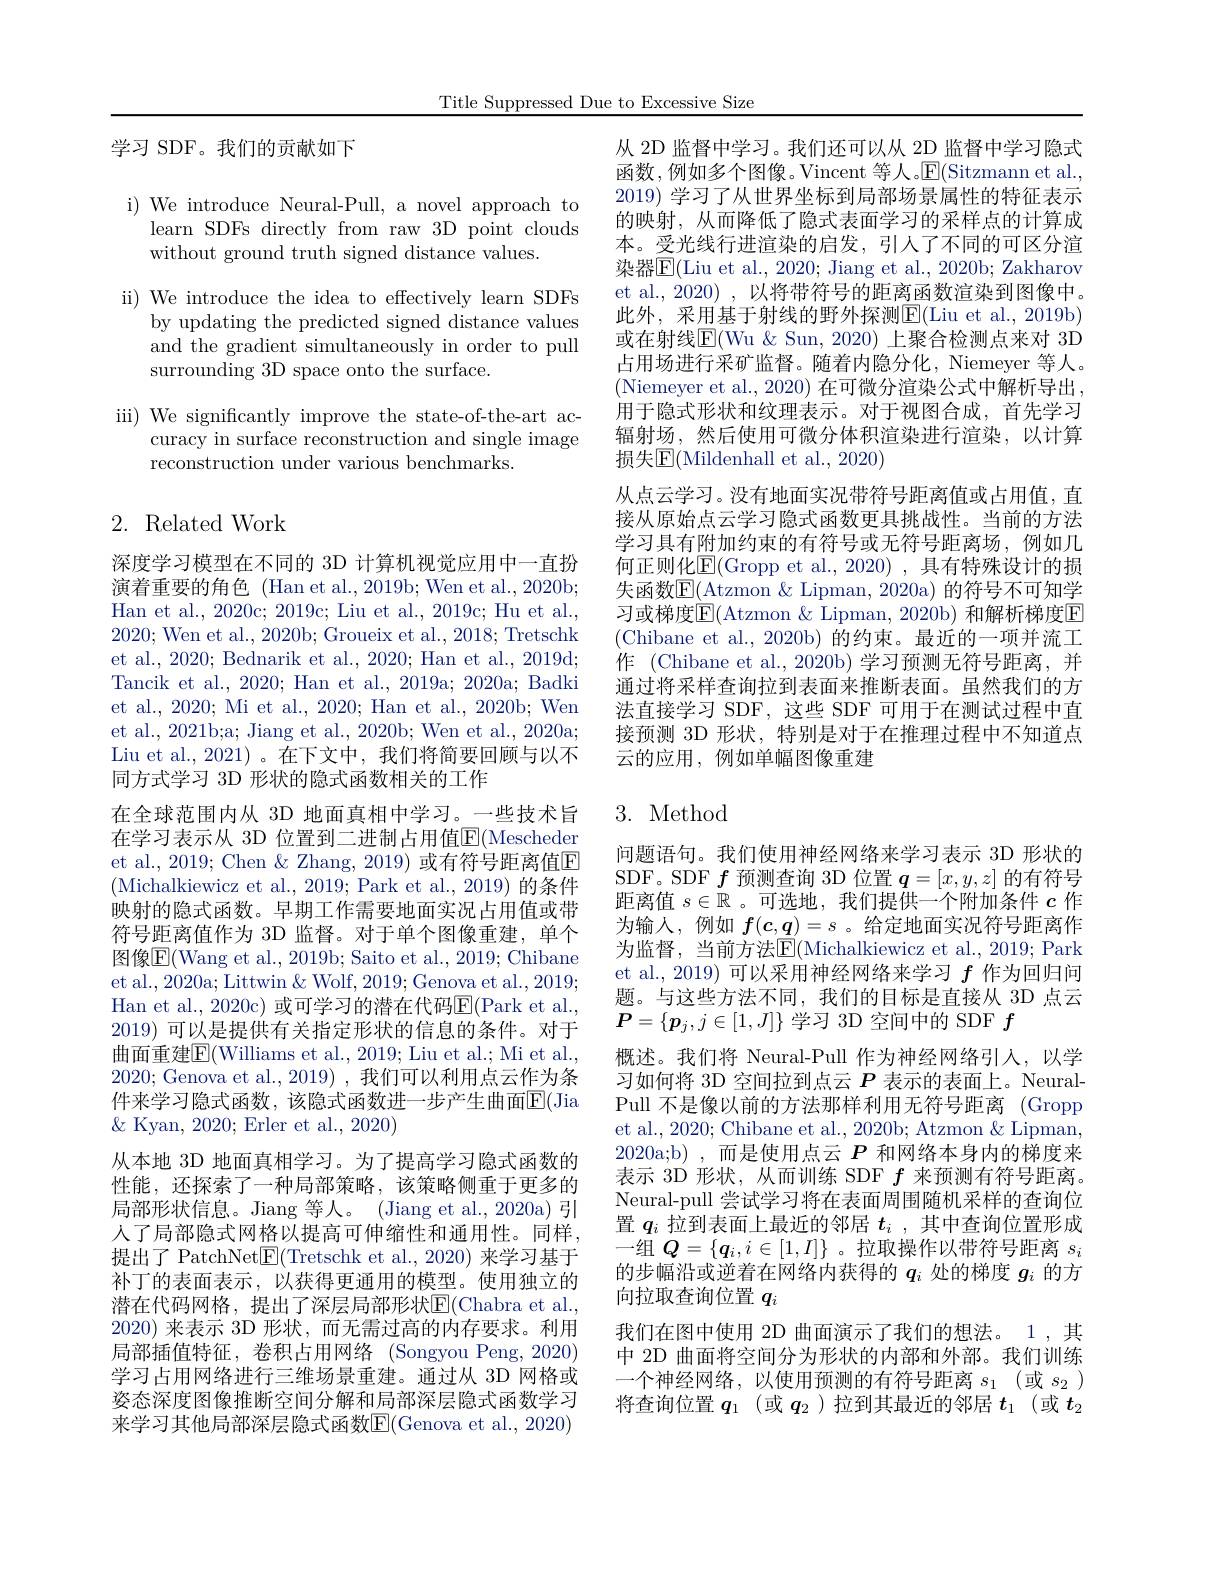
Title Suppressed Due to Excessive Size

学习 SDF。我们的贡献如下

i) We introduce Neural-Pull, a novel approach to
learn SDFs directly from raw 3D point clouds
without ground truth signed distance values.
ii) We introduce the idea to effectively learn SDFs
by updating the predicted signed distance values and the gradient simultaneously in order to pull surrounding 3D space onto the surface.

iii) We significantly improve the state-of-the-art ac-
curacy in surface reconstruction and single image
reconstruction under various benchmarks.

## 2. Related Work

深度学习模型在不同的 3D 计算机视觉应用中一直扮演着重要的角色 (Han et al., 2019b; Wen et al., 2020b; Han et al., 2020c; 2019c; Liu et al., 2019c; Hu et al., 2020;Wen et al., 2020b; Groueix et al., 2018; Tretschk et al., 2020; Bednarik et al., 2020; Han et al., 2019d; Tancik et al., 2020; Han et al., 2019a; 2020a; Badki et al., 2020; Mi et al., 2020; Han et al., 2020b; Wen et al., 2021b;a; Jiang et al., 2020b; Wen et al., 2020a; Liu et al., 2021)。在下文中，我们将简要回顾与以不同方式学习 3D 形状的隐式函数相关的工作
在全球范围内从 3D 地面真相中学习。一些技术旨在学习表示从 3D 位置到二进制占用值$\mathbb{E}($Mescheder et al., 2019; Chen & Zhang, 2019) 或有符号距离值E (Michalkiewicz et al., 2019; Park et al., 2019) 的条件映射的隐式函数。早期工作需要地面实况占用值或带符号距离值作为 3D 监督。对于单个图像重建，单个图像$\overline{\mathrm{E}}($Wang et al., 2019b; Saito et al., 2019; Chibane et al., 2020a; Littwin & Wolf, 2019; Genova et al., 2019; Han et al., 2020c) 或可学习的潜在代码E(Park et al. 2019)可以是提供有关指定形状的信息的条件。对于曲面重建$\boxed{\mathrm{F}}($Williams et al., 2019; Liu et al.; Mi et al., 2020; Genova et al.,2019),我们可以利用点云作为条件来学习隐式函数，该隐式函数进一步产生曲面$\mathbb{E}($Jia $\&$ Kyan, 2020; Erler et al., 2020)
从本地 3D 地面真相学习。为了提高学习隐式函数的性能，还探索了一种局部策略，该策略侧重于更多的局部形状信息。Jiang 等人。(Jiang et al., 2020a) 引人了局部隐式网格以提高可伸缩性和通用性。同样提出了 PatchNet$\boxed{\mathrm{E}}($Tretschk et al.,2020) 来学习基于补丁的表面表示，以获得更通用的模型。使用独立的潜在代码网格，提出了深层局部形状E(Chabra et al. 2020)来表示 3D 形状，而无需过高的内存要求。利用局部插值特征，卷积占用网络(Songyou Peng, 2020) 学习占用网络进行三维场景重建。通过从 3D 网格或姿态深度图像推断空间分解和局部深层隐式函数学习来学习其他局部深层隐式函数$\boxed{\mathrm{E}}($Genova et al., 2020)

从 2D 监督中学习。我们还可以从 2D 监督中学习隐式函数，例如多个图像。Vincent 等人。$\operatorname{E}($Sitzmann et al. 2019) 学习了从世界坐标到局部场景属性的特征表示的映射，从而降低了隐式表面学习的采样点的计算成本。受光线行进渲染的启发，引人了不同的可区分渲染器$\overline{\mathbb{E}}($Liu et al., 2020; Jiang et al., 2020b; Zakharov et al., 2020) , 以将带符号的距离函数渲染到图像中。此外，采用基于射线的野外探测E(Liu et al., 2019b) 或在射线$\mathbb{E}($Wu &Sun, 2020) 上聚合检测点来对 3D 占用场进行采矿监督。随着内隐分化，Niemeyer 等人。(Niemeyer et al., 2020) 在可微分渲染公式中解析导出， 用于隐式形状和纹理表示。对于视图合成，首先学习辐射场，然后使用可微分体积渲染进行渲染，以计算损失$\mathbb{E}($Mildenhall et al., 2020)
从点云学习。没有地面实况带符号距离值或占用值，直接从原始点云学习隐式函数更具挑战性。当前的方法学习具有附加约束的有符号或无符号距离场，例如几何正则化$\underline{\mathrm{E}}($Gropp et al., 2020) , 具有特殊设计的损失函数E(Atzmon & Lipman, 2020a) 的符号不可知学习或梯度$\boxed{\mathrm{F}}($Atzmon &Lipman, 2020b) 和解析梯度E (Chibane et al., 2020b)的约束。最近的一项并流工作 (Chibane et al.,2020b)学习预测无符号距离，并通过将采样查询拉到表面来推断表面。虽然我们的方法直接学习 SDF, 这些 SDF 可用于在测试过程中直接预测 3D 形状，特别是对于在推理过程中不知道点云的应用，例如单幅图像重建

## 3. Method

问题语句。我们使用神经网络来学习表示 3D 形状的SDF。SDF$f$预测查询 3D 位置$q=[x,y,z]$的有符号距离值$s\in\mathbb{R}$ 。可选地，我们提供一个附加条件$c$作为输入，例如$f(\boldsymbol{c},\boldsymbol{q})=s$ 。给定地面实况符号距离作为监督，当前方法$\overline{\mathbb{E}}($Michalkiewicz et al.,2019;Park et al., 2019) 可以采用神经网络来学习$f$作为回归问题。与这些方法不同，我们的目标是直接从 3D 点云$\overline{\boldsymbol{P}}=\{\boldsymbol{p}_j,j\in[1,J]\}$学习 3D 空间中的 SDF $f$
概述。我们将 Neural-Pull 作为神经网络引人，以学习如何将 3D 空间拉到点云$P$表示的表面上。NeuralPull 不是像以前的方法那样利用无符号距离 (Gropp et al., 2020; Chibane et al., 2020b; Atzmon & Lipman, 2020a;b),而是使用点云$P$ 和网络本身内的梯度来表示 3D 形状，从而训练 SDF $f$来预测有符号距离。Neural-pull 尝试学习将在表面周围随机采样的查询位置$q_i$拉到表面上最近的邻居$t_i$ ,其中查询位置形成一组$Q=\{q_i,i\in[1,I]\}$ 。拉取操作以带符号距离$s_i$ 的步幅沿或逆着在网络内获得的$q_i$处的梯度$g_i$的方向拉取查询位置$q_i$
我们在图中使用 2D 曲面演示了我们的想法。1 ,其中 2D 曲面将空间分为形状的内部和外部。我们训练一个神经网络，以使用预测的有符号距离$s_1$ (或$s_2$ ) 将查询位置$q_1$ (或$q_2$ )拉到其最近的邻居$t_1$ (或$t_2$